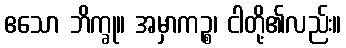
ဧသော ဘိက္ခု။ အမှာကဉ္စ၊ ငါတို့၏လည်း။